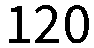
120